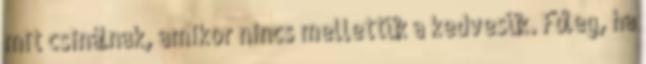
mit csinálnak, amikor nincs mellettük a kedvesük. Főleg, ha